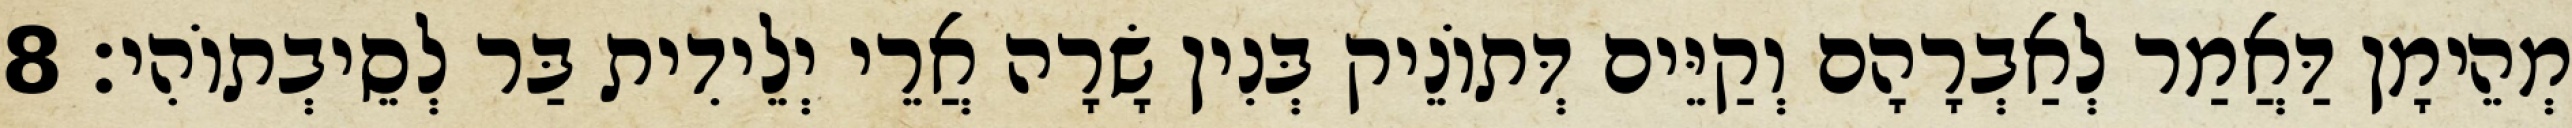
מְהֵימָן דַּאֲמַר לְאַבְרָהָם וְקַיֵּים דְּתוֹנֵיק בְּנִין שָׂרָה אֲרֵי יְלֵידִית בַּר לְסֵיבְתוֹהִי׃ 8